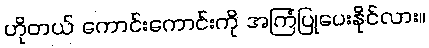
ဟိုတယ် ကောင်းကောင်းကို အကြံပြုပေးနိုင်လား။